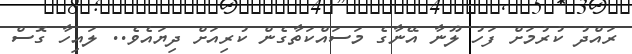
ރައްދު ކުރުމަށް ފަހު ލޫނާ އޭނާގެ މަސައްކަތާގެން ކުރިއަށް ދިޔައެވެ.. ލައިހާ ގޮސް